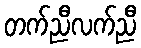
တက်ညီလက်ညီ